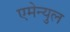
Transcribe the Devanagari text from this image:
एमेन्युल